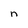
Character: n